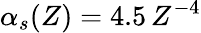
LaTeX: \alpha_{s}(Z)=4.5\, Z^{-4}